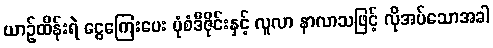
ယာဉ်ထိန်းရဲ ငွေကြေးပေး ပုံစံဒီဇိုင်းနှင့် လူလာ နာလာသဖြင့် လိုအပ်သောအခါ